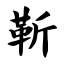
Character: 靳